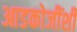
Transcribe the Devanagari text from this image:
आडकोजींशी